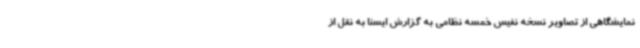
نمایشگاهی از تصاویر نسخه نفیس خمسه نظامی به گزارش ایسنا به نقل از